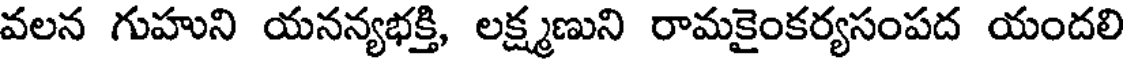
వలన గుహుని యనన్యభక్తి, లక్ష్మణుని రామకైంకర్యసంపద యందలి